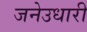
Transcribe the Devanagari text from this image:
जनेउधारी